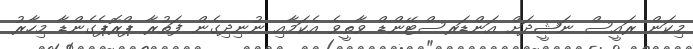
މިކަން ރައީސް ނަޝީދަށް އަންޑަރސްޓޭންޑް ވާތީވެ އެކަމާއި ނުނިދިގެން ފަތުރާ ޕްރޮޕެގެންޑާ މިހާރު